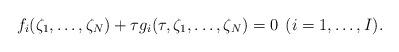
LaTeX: \begin{align*}f_i(\zeta_1, \ldots, \zeta_N) + \tau g_i(\tau, \zeta_1, \ldots, \zeta_N) = 0 \;\,(i = 1, \ldots, I).\end{align*}